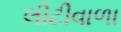
લીટીવાળા